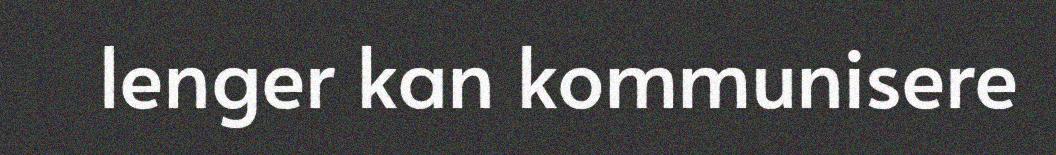
lenger kan kommunisere